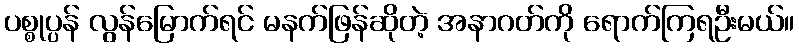
ပစ္စုပ္ပန် လွန်မြောက်ရင် မနက်ဖြန်ဆိုတဲ့ အနာဂတ်ကို ရောက်ကြရဦးမယ်။